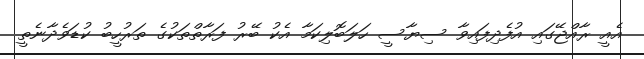
އެއީ ރާއްޖޭގައި އުފެދިފައިވާ ސިޔާސީ ހަލަބޮލިކަމާ އެކު ބޭރު ފަރާތްތަކުގެ ތަރުހީބު ކުޑަވެދާނެތީ